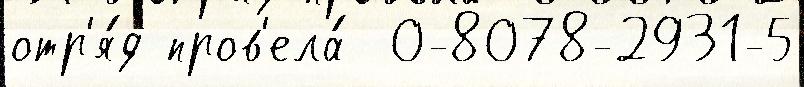
отр'я́д пров'ела́  0-8078-2931-5